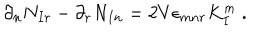
LaTeX: \partial _ { n } N _ { I r } - \partial _ { r } N _ { I n } = 2 V \epsilon _ { m n r } K _ { I } ^ { m } \ .